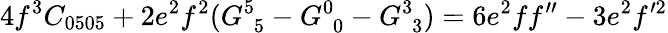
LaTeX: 4f^{3}C_{0505}+2e^{2}f^{2}(G_{\phantom{5}5}^{5}-G_{\phantom{0}0}^{0}-G_{\phantom{3}3}^{3})=6e^{2}ff^{\prime\prime}-3e^{2}f^{\prime 2}